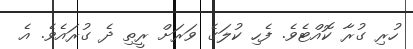
ހުރި ގުރާ ކޮއްޓެވެ. ފެހި ކުލަގެ ވަރަށް ރީތި ދެ ގުރައެވެ. އެ